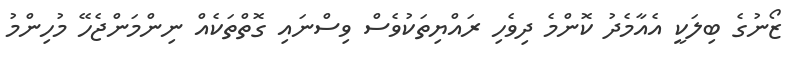
ޒޯނުގެ ބިލަކީ އެއާމެދު ކޮންމެ ދިވެހި ރައްޔިތަކުވެސް ވިސްނައި ގޮތްތަކެއް ނިންމަންޖެހޭ މުހިންމު